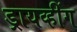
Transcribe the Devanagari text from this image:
ड्रायव्हींग